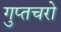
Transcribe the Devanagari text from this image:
गुप्‍तचरो